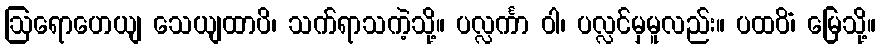
ဩရောဟေယျ သေယျထာပိ၊ သက်ရာသကဲ့သို့။ ပလ္လင်္ကာ ဝါ၊ ပလ္လင်မှမူလည်း။ ပထဝိံ၊ မြေသို့။